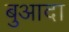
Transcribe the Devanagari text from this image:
बुआदा